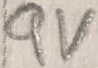
Text: 9V